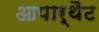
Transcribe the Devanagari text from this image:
आपार्थैट